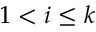
1 < i \leq k